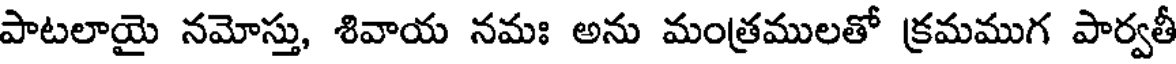
పాటలాయై నమోస్తు, శివాయ నమః అను మంత్రములతో క్రమముగ పార్వతీ